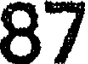
87